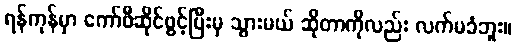
ရန်ကုန်မှာ ကော်ဖီဆိုင်ဖွင့်ပြီးမှ သွားမယ် ဆိုတာကိုလည်း လက်မခံဘူး။